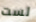
لست